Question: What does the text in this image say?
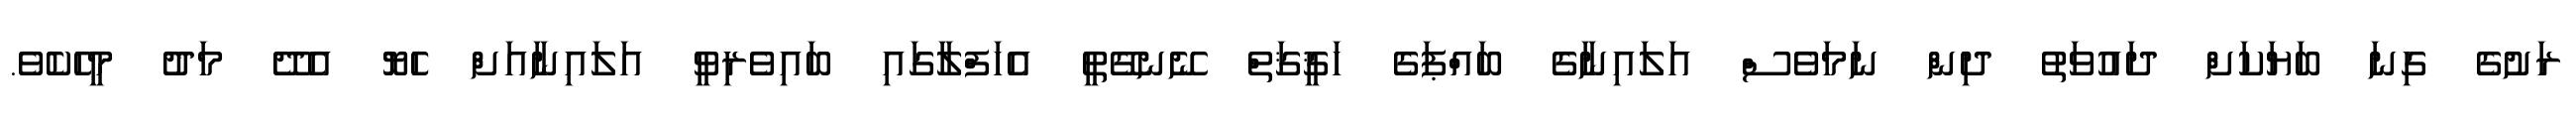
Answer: ރަށުގެ ގިނަ ބަޔަކަށް ދައުވަތު ދިން ނަމަވެސް އަލައިނާގެ ބައްޕަގެ ހަޤީޤަތް ނޭނގޭތީ އެހަފްލާގައި ބައިވެރިވީ އަލައިނާއަށް ހެޔޮ އެދޭ މަދު މީހެކެވެ.